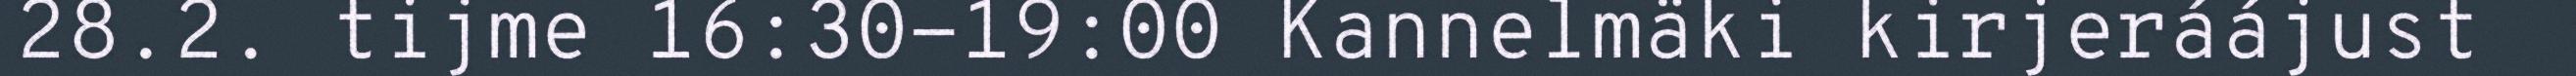
28.2. tijme 16:30-19:00 Kannelmäki kirjeráájust